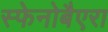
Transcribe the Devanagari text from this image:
स्फेनोबैएरा